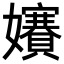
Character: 𡤐